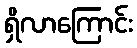
ရှိလာကြောင်း